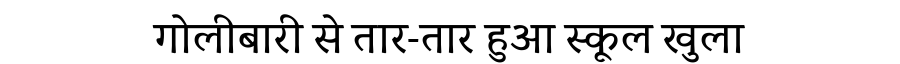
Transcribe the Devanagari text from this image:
गोलीबारी से तार-तार हुआ स्कूल खुला